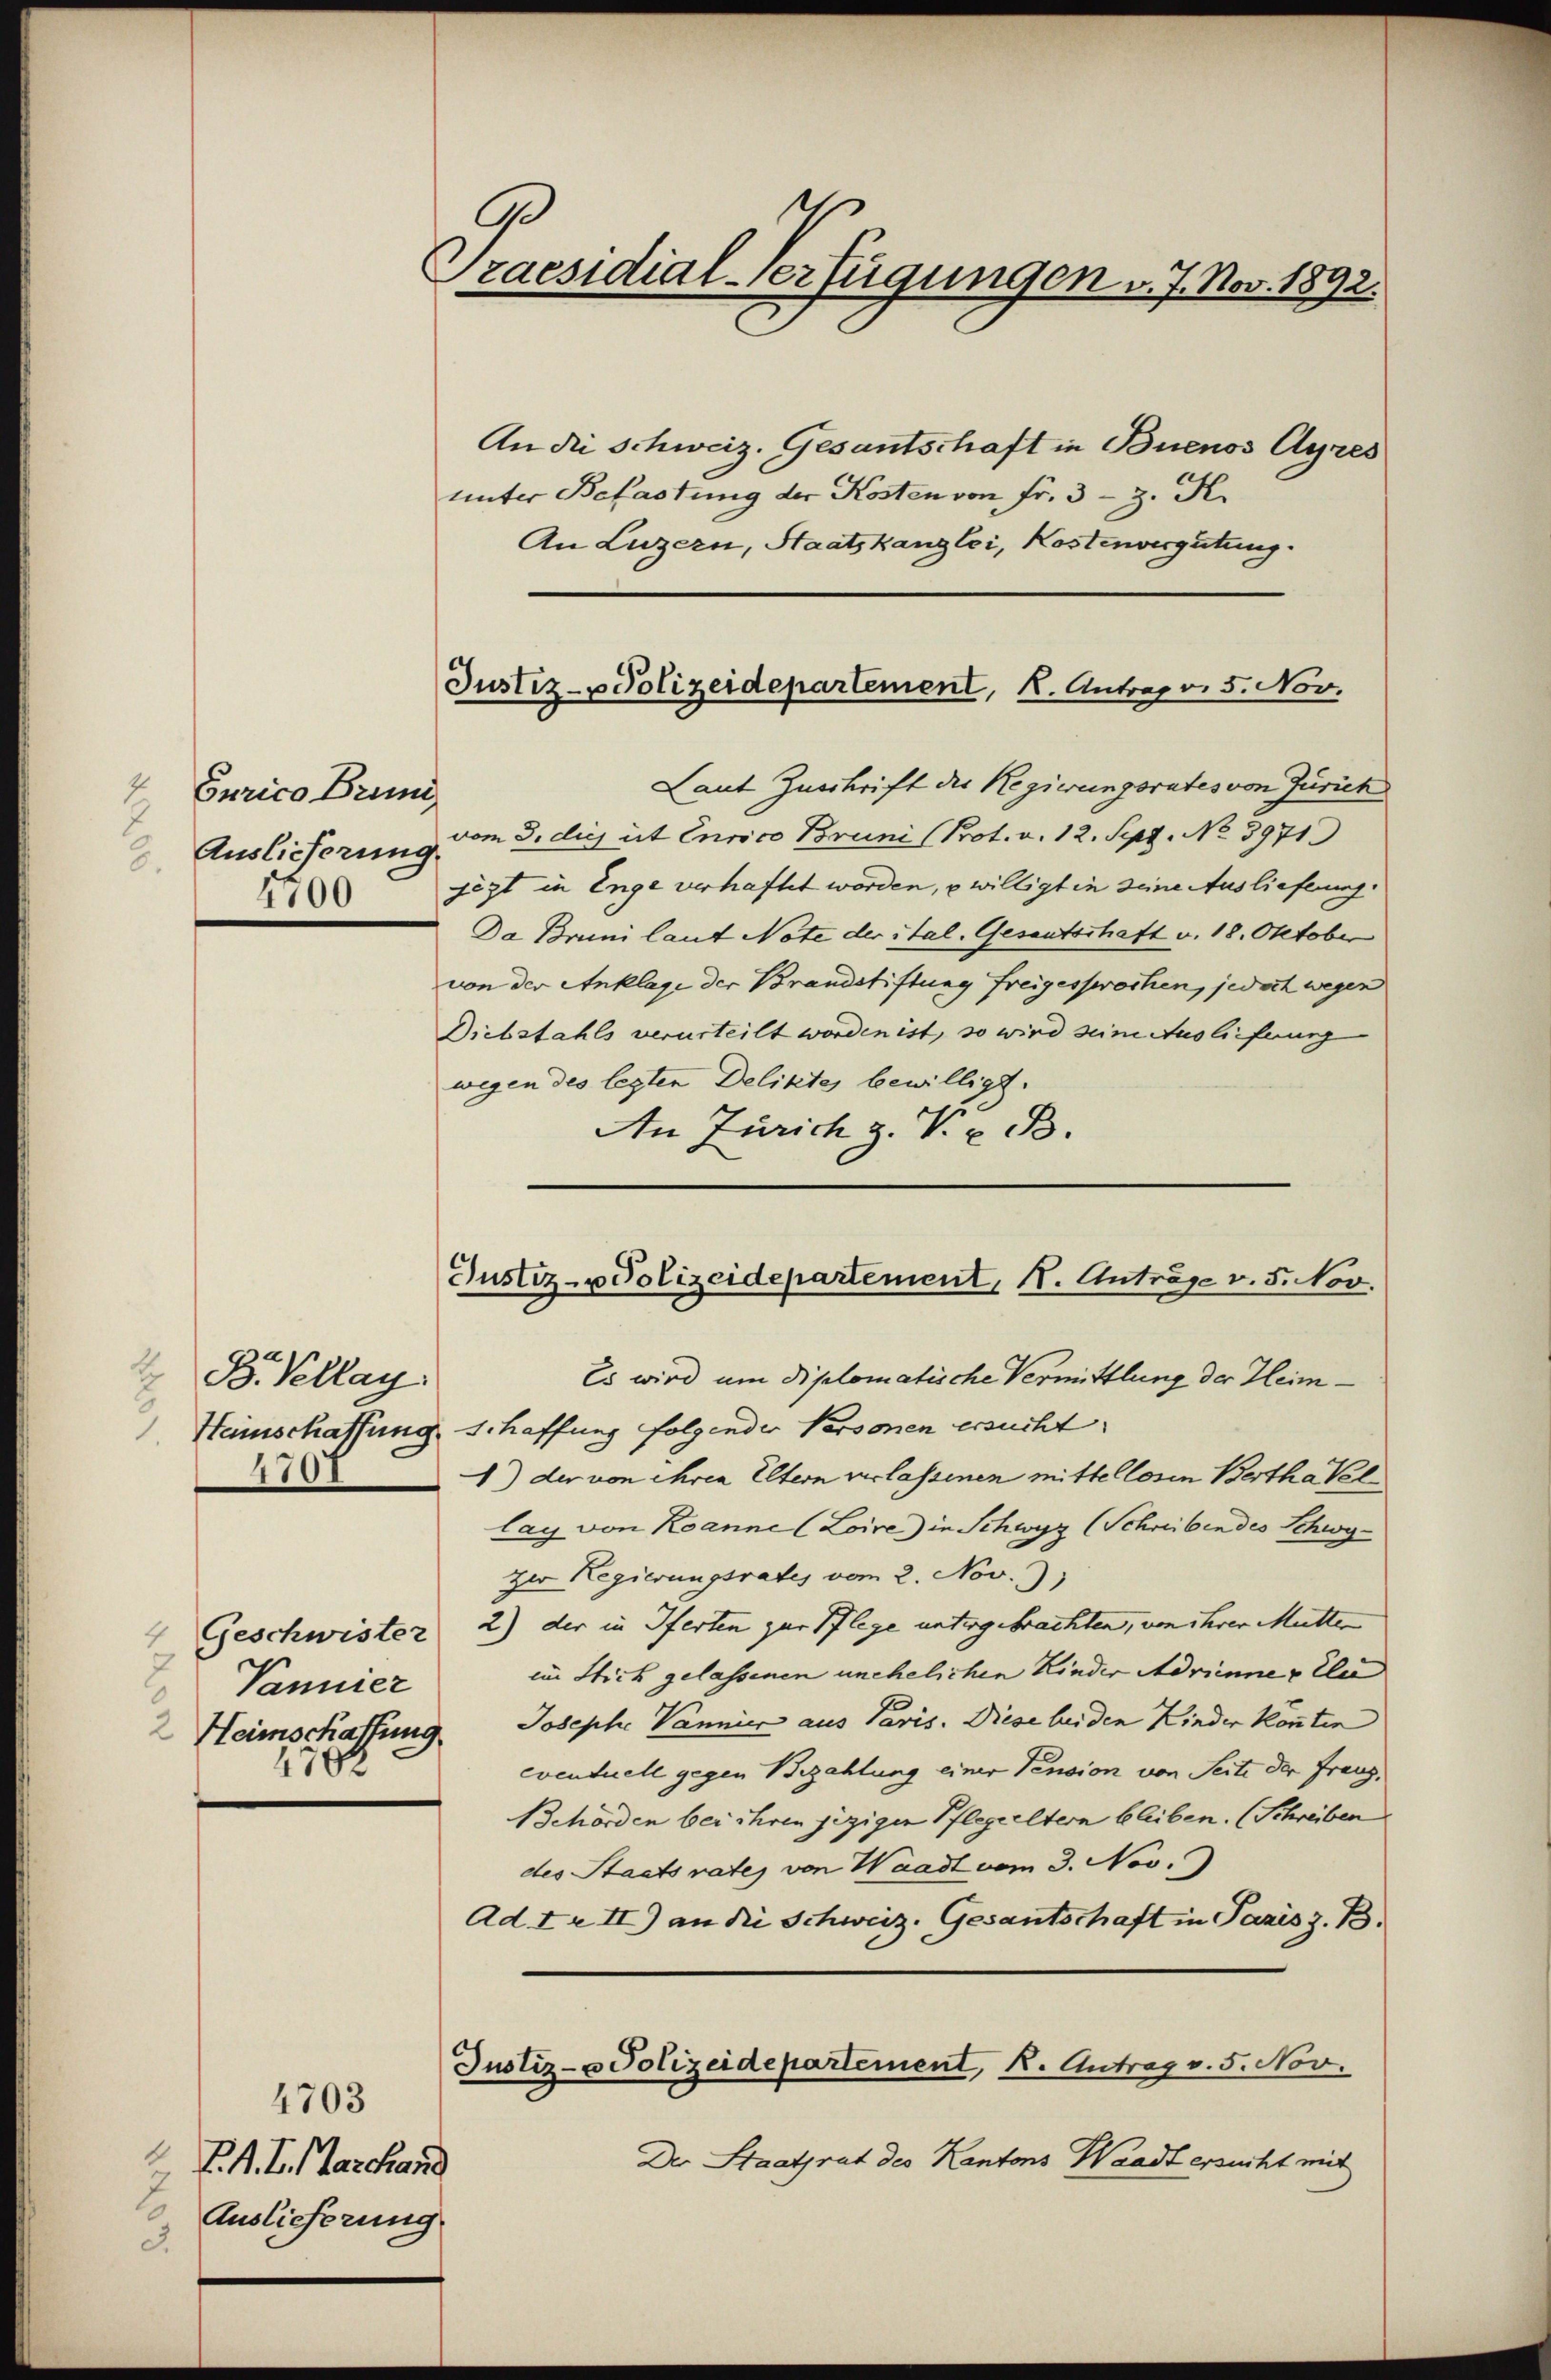
2
Curico Brun
Auslieferung.
3.
4700

t
B. Pellay.
Heinschaffung
4707

4 Geschwister
Vannier
1782

4703
4
P. M. L. Marchand
Auslieferung.
3.

Praesidial-Verfügungen v. J. Nov. 1892.

An die Schweiz. Gesantschaft in Buenos Ayres
unter Belastung der Kosten von Fr. 3 - 3. K
An Luzern, Staatskanzlei, Kostenvergütung.

Justiz- u Polizeidepartement, K. Antrag v. 5. Nov.

Laut Zuschrift der Regierungsrates von Zürich
vom 3. dies et Eurico Bruni (Prot. v. 12. Sept. No 3971.
jezt in Enge verhaftet worden, u willigt in seine Auslieferung.
Da Bruni laut Note der ital. Gesantschaft v. 18. Oktober
von der Anklage der Brandstiftung freigesprochen, jedoch wegen
Diebstahls verurteilt worden ist, so wird seine Auslieferung
wegen des legten Deliktes bewilligt.
An Zürich z. V. B.

Justiz - Polizeidepartement, K. Anträge v. 5. Nov.

Es wird um diplomatische Vermittlung der Heimschaffung folgender Personen ersucht.
) der von ihren Eltern verlassenen mittellosen Berthatel
lag von Kanne (Loire in Schwyz (Schreiben des Schwyzer Regierungsrates vom 2. Nov.
2) der in Iferten zur Pflege untergebrachten, von ihrer Mutter
im Stich gelassenen unehelichen Kinder Adrinne gele
2 Heimschaffung. Josephe Vannier aus Paris. Diese bei den Kinder könnten
eventuell gegen Bezahlung einer Pension von Seite der Franz,
Behörden bei ihren jezigen Pflegeeltern bleiben. (Schreiben
des Staatsrates von Waadt vom 3. Nov.
Ad Ir II) an die Schweiz. Gesantschaft in Paris z. B.
Justiz- u Polizeidepartement, K. Antrag v. 5. Nov.
Der Staatsrat des Kantons Waadt ersucht mit